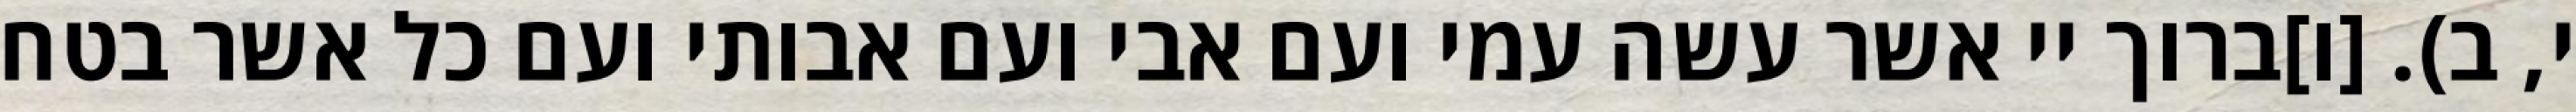
י, ב). [ו]ברוך יי אשר עשה עמי ועם אבי ועם אבותי ועם כל אשר בטח